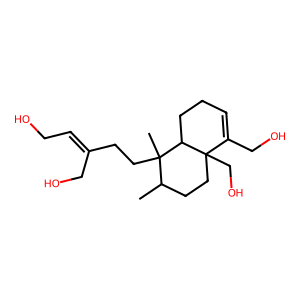
SMILES: CC1CCC2(CO)C(CO)=CCCC2C1(C)CCC(=CCO)CO
Inhibits HIV replication: No